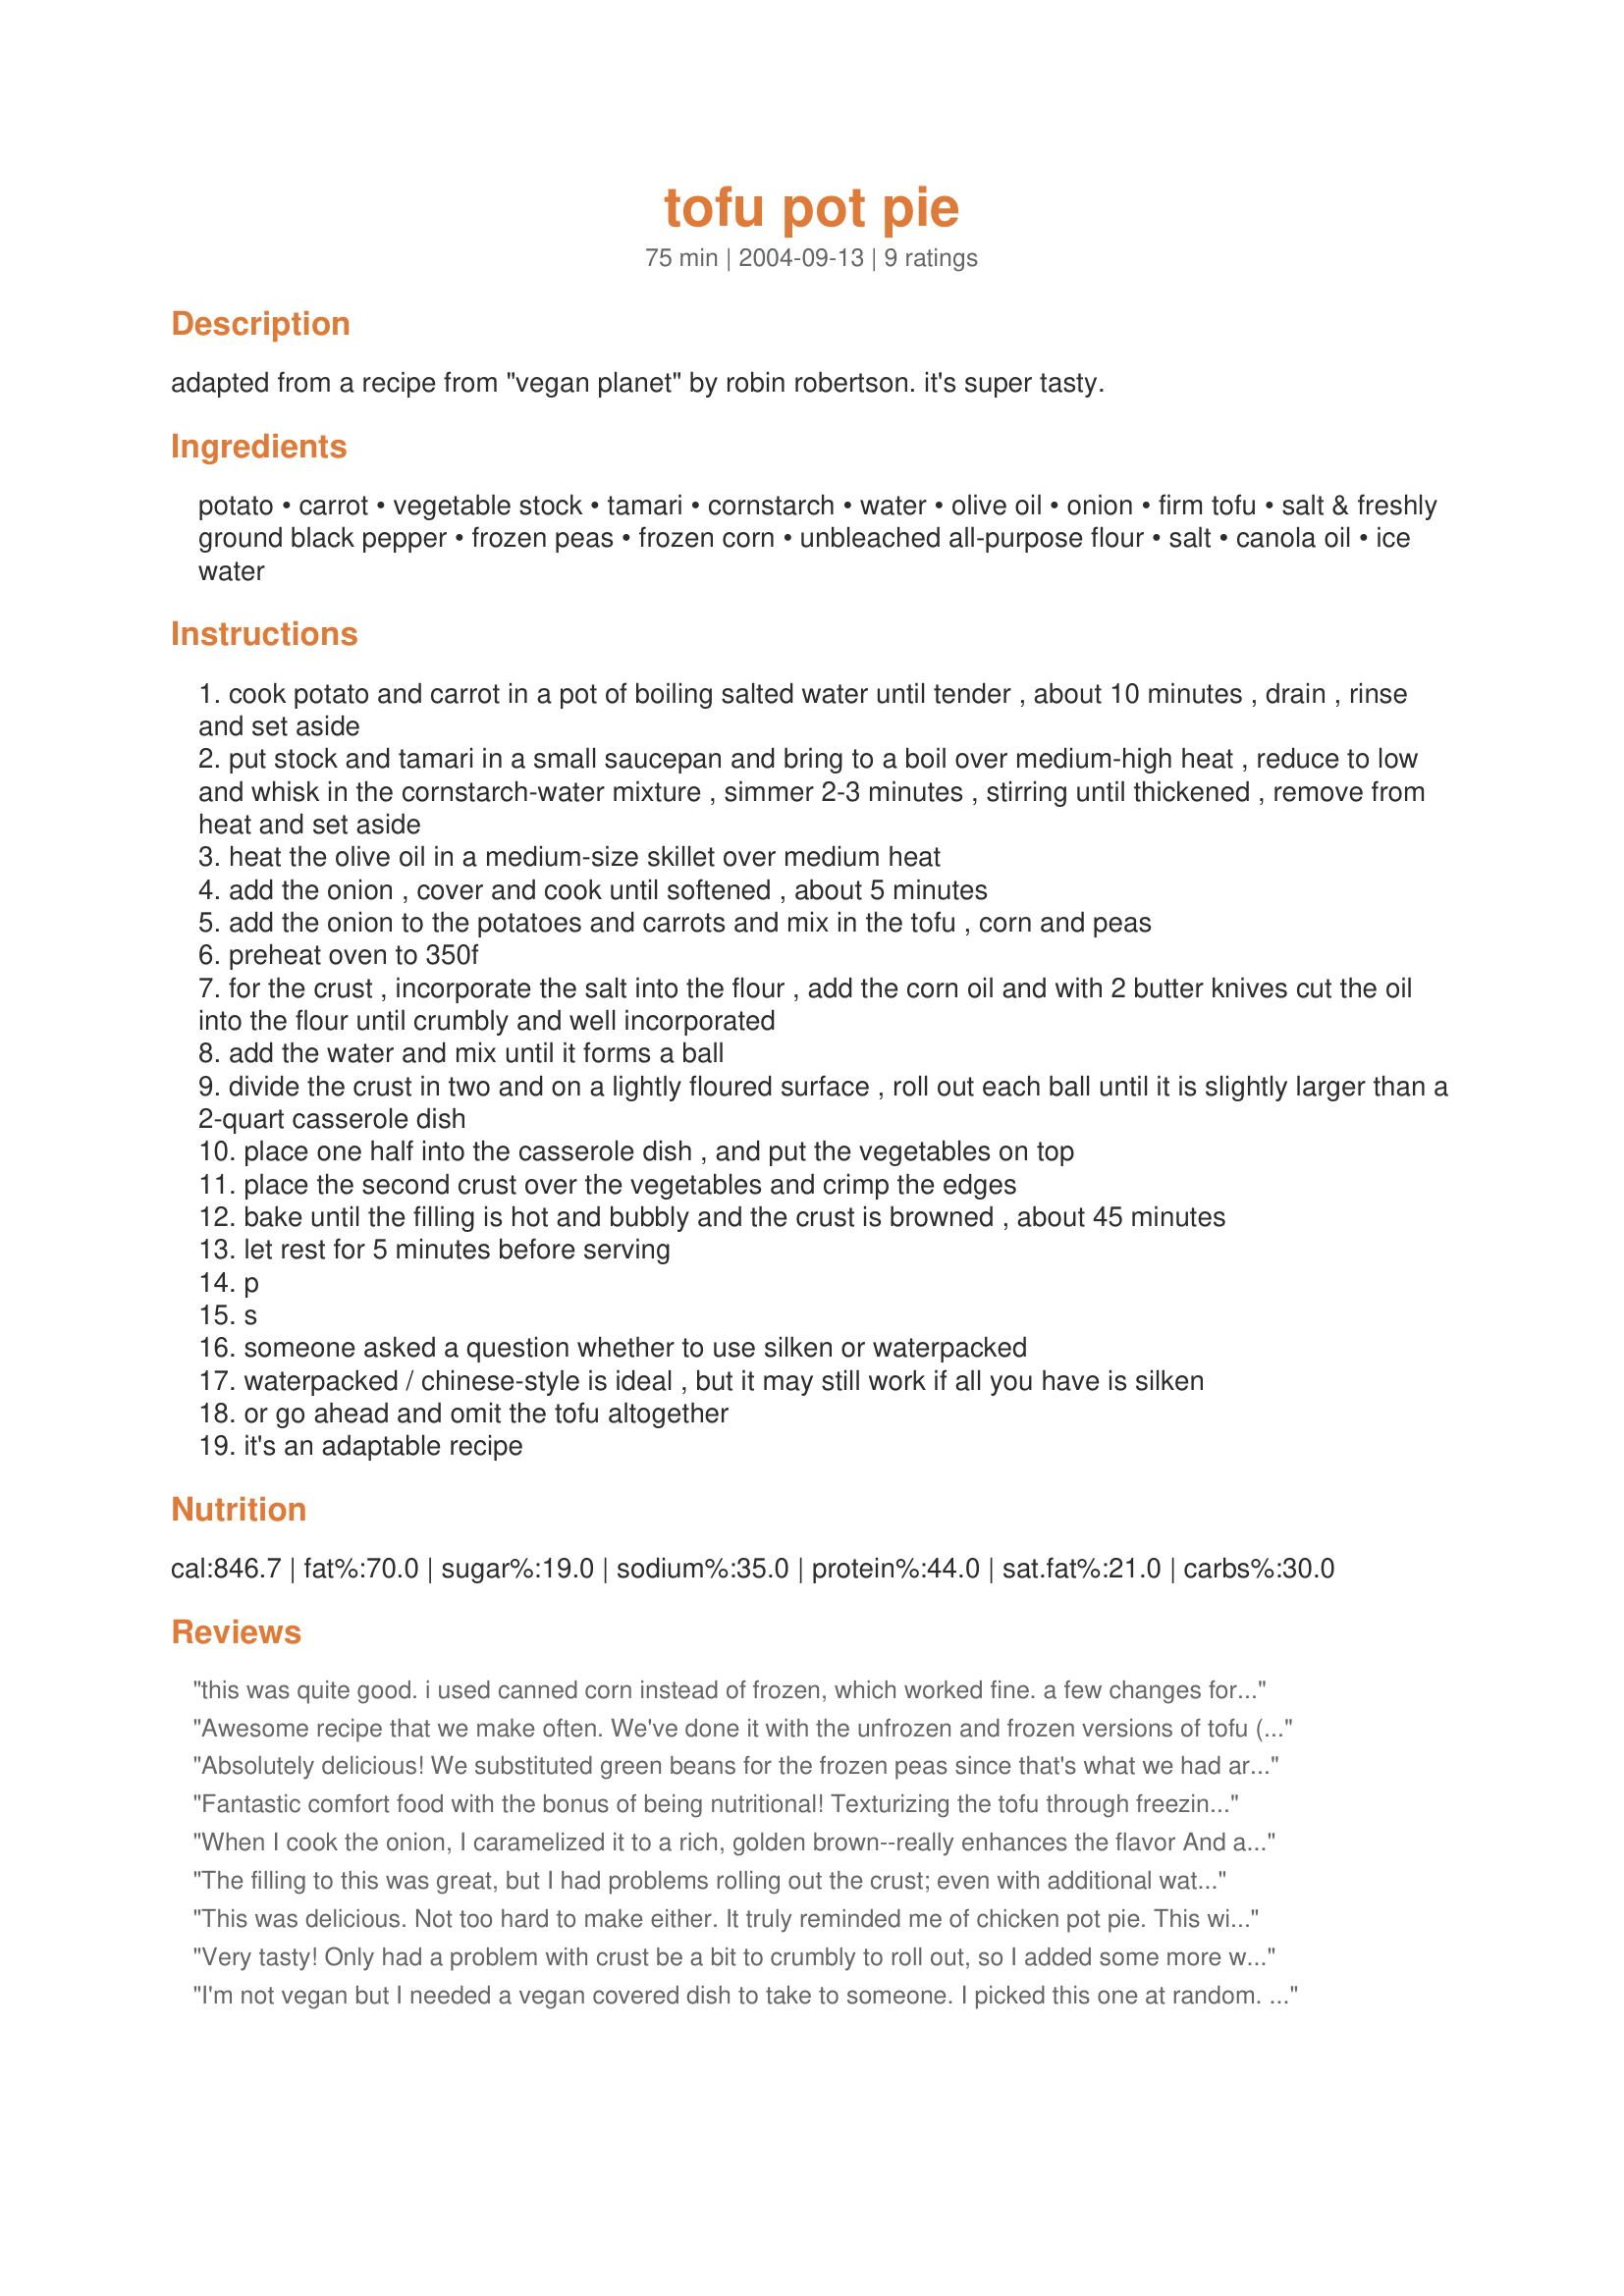
tofu pot pie
Preparation time: 75 minutes

adapted from a recipe from "vegan planet" by robin robertson. it's super tasty.

Ingredients:
potato, carrot, vegetable stock, tamari, cornstarch, water, olive oil, onion, firm tofu, salt & freshly ground black pepper, frozen peas, frozen corn, unbleached all-purpose flour, salt, canola oil, ice water

Steps:
cook potato and carrot in a pot of boiling salted water until tender , about 10 minutes , drain , rinse and set aside
put stock and tamari in a small saucepan and bring to a boil over medium-high heat , reduce to low and whisk in the cornstarch-water mixture , simmer 2-3 minutes , stirring until thickened , remove from heat and set aside
heat the olive oil in a medium-size skillet over medium heat
add the onion , cover and cook until softened , about 5 minutes
add the onion to the potatoes and carrots and mix in the tofu , corn and peas
preheat oven to 350f
for the crust , incorporate the salt into the flour , add the corn oil and with 2 butter knives cut the oil into the flour until crumbly and well incorporated
add the water and mix until it forms a ball
divide the crust in two and on a lightly floured surface , roll out each ball until it is slightly larger than a 2-quart casserole dish
place one half into the casserole dish , and put the vegetables on top
place the second crust over the vegetables and crimp the edges
bake until the filling is hot and bubbly and the crust is browned , about 45 minutes
let rest for 5 minutes before serving
p
s
someone asked a question whether to use silken or waterpacked
waterpacked / chinese-style is ideal , but it may still work if all you have is silken
or go ahead and omit the tofu altogether
it's an adaptable recipe

Reviews:
this was quite good. i used canned corn instead of frozen, which worked fine. a few changes for next time - i think i'll use refrigerated pie crust (my crust didn't work out so well) and maybe some more cornstarch since the sauce didn't completely thicken...but, it is a definite keeper
Awesome recipe that we make often. We've done it with the unfrozen and frozen versions of tofu (depending on whether we remembered to put it in the freezer the night before), and they both work out great. The freezing just gives it a little bit of extra firm/flaky texture. Also, I always add a couple of tablespoons of cornstarch instead of just one.
Absolutely delicious! We substituted green beans for the frozen peas since that's what we had around. My boyfriend was nervous when I told him I was making a tofu dish, but he ate it up and went back for seconds. Freezing the tofu really does do wonders for the texture, especially for someone who is still uncertain about the stuff. We'll definitely be making this again!
Fantastic comfort food with the bonus of being nutritional! Texturizing the tofu through freezing and thawing was a brilliant idea: The tofu flaked like chicken, which was something I was stumped on for years on how to mimic. I made this for Thanksgiving so that my vegetarian friends and I could have something to eat as the rest of my family and friends gorged on a large dead bird. The potpie was well received by all of us "veggies," and even the few intrepid carnivores that tried it swore it tasted like chicken was in it. I will, most definately, make this again with no occassion necessary.
When I cook the onion, I caramelized it to a rich, golden brown--really enhances the flavor And as I do in most stews, I added a small cubed turnip, cooking it with the (slightly smaller) potato and carrot in the first step--gives it a good, homey flavor.
The filling to this was great, but I had problems rolling out the crust; even with additional water it seemed crumbly. I'll probably continue to make this, but use an alternate recipe for the crust.
This was delicious. Not too hard to make either. It truly reminded me of chicken pot pie. This will definitely be a family favorite.
Very tasty! Only had a problem with crust be a bit to crumbly to roll out, so I added some more water. Next time I might add more veggies. I this recipe is a keeper!
I'm not vegan but I needed a vegan covered dish to take to someone. I picked this one at random. Made one to give and one to eat and I was super pleased with the result. I'd told my husband in advance that if it wasn't good we were going out for dinner. LOL. Not a problem. We ate at home and enjoyed every morsel.
It is a bit labor intensive and in the future I'm going to put it in a dish with only a top crust. The filling is excellent and I thought two crusts were just a bit much although it made a nice presentation. Great dish.
